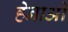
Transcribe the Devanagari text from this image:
हेनाओ